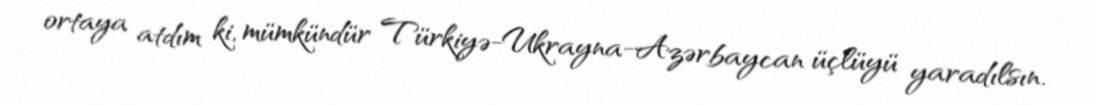
ortaya atdım ki, mümkündür Türkiyə-Ukrayna-Azərbaycan üçlüyü yaradılsın.